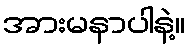
အားမနာပါနဲ့။